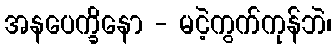
အနပေက္ခိနော - မငဲ့ကွက်ကုန်ဘဲ၊